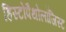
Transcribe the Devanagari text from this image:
हिस्टोपैथोलॉजिस्ट